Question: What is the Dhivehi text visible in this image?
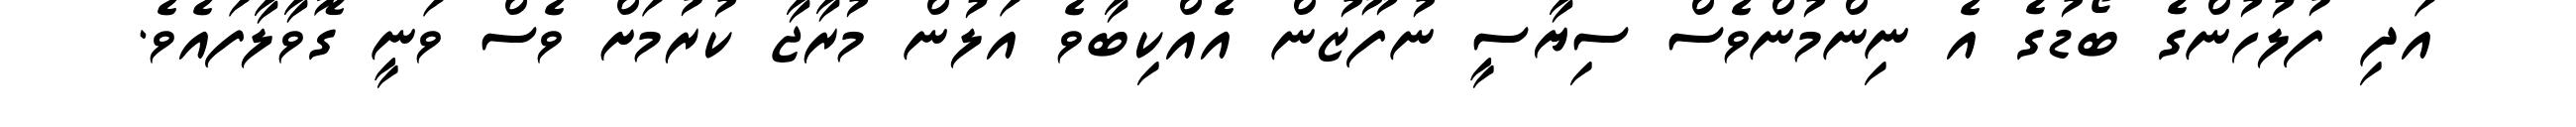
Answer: އަދި ފުލުހުންގެ ބޯޑުގެ އެ ނިންމުންވެސް ސިޔާސީ ނުފޫޒުން އެއްކިބާވެ އަލުން މުރާޖާ ކުރުމަށް ވެސް ވަނީ ގޮވާލާފައެވެ.